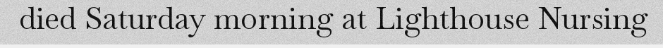
died Saturday morning at Lighthouse Nursing